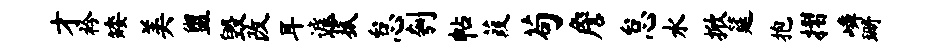
才衿矮美盥毁改耳遽菰怠刳帖葭苟詹怠水掀筵抱摺嶙珊